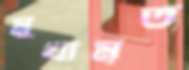
মুখামৃত